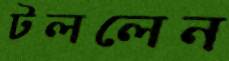
টললেন